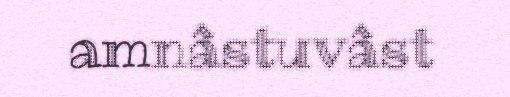
amnâstuvâst